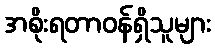
အစိုးရတာဝန်ရှိသူများ